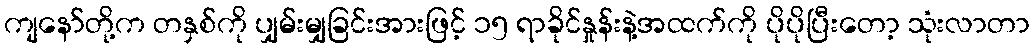
ကျနော်တို့က တနှစ်ကို ပျှမ်းမျှခြင်းအားဖြင့် ၁၅ ရာခိုင်နှုန်းနဲ့အထက်ကို ပိုပိုပြီးတော့ သုံးလာတာ